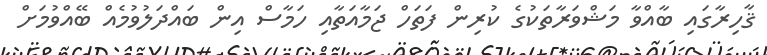
ޤާހިރާގައި ބާއްވާ މަޝްވަރާތަކުގެ ކުރިން ފަތަހް ޖަމާއަތާއި ހަމާސް އިން ބައްދަލުވުމެއް ބޭއްވުމަށް